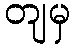
တျမှ